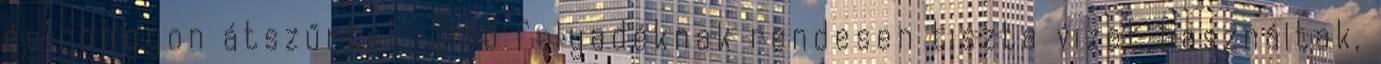
és rongyon átszűrték. Oldó folyadéknak rendesen tiszta vizet használtak,